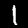
Digit: 1